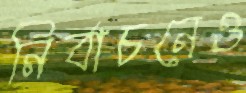
নির্বাচনেও